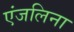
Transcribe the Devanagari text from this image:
एंजलिना